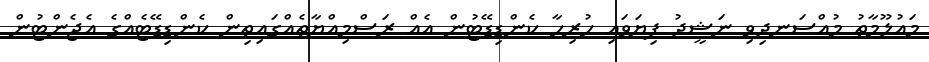
މައުލޫމާތު މުއްސަނދިވި ނަޝީދު ފިޔަވައި ހުރިހާ ކެންޑިޑޭޓުން އެއް ރަސްމިއްޔާތެއްގައިތިން ކެންޑިޑޭޓެއްގެ އެޖެންޓުން